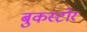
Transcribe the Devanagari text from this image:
बुकस्‍टोर